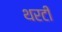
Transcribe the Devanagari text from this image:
थरटी